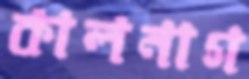
কালনাগ